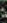
: